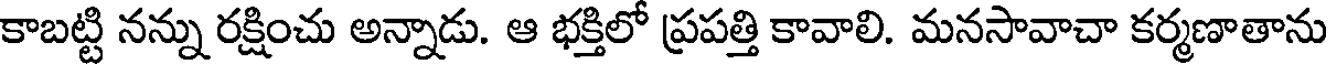
కాబట్టి నన్ను రక్షించు అన్నాడు. ఆ భక్తిలో ప్రపత్తి కావాలి. మనసావాచా కర్మణాతాను